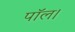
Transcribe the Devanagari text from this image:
पॉल।